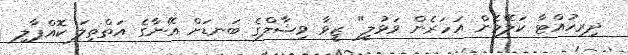
ދިރިހުއްޓާ ކަލޭމެން އަހަރެން ވަޅުލީ" ޒީވާ ވިޝާލްގެ ބަނޑަށް އޭނާގެ އަތްތިލަ ކޮއްޕާލި